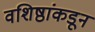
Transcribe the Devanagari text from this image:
वशिष्ठांकडून